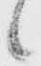
候